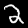
Digit: 2